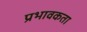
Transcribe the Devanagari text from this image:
प्रभावकता